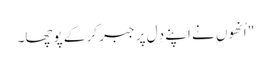
" اُنھوں نے اپنے دِل پر جبر کر کے پوچھا۔